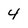
Character: 4